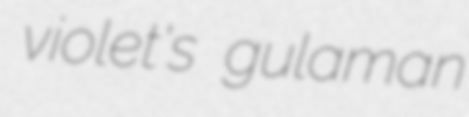
violet's gulaman